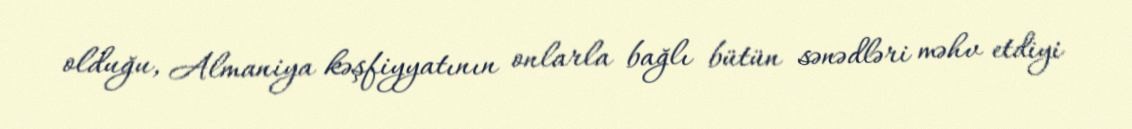
olduğu, Almaniya kəşfiyyatının onlarla bağlı bütün sənədləri məhv etdiyi